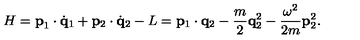
H = { \bf p } _ { 1 } \cdot \dot { \bf q } _ { 1 } + { \bf p } _ { 2 } \cdot \dot { \bf q } _ { 2 } - L = { \bf p } _ { 1 } \cdot { \bf q } _ { 2 } - { \frac { m } { 2 } } { \bf q } _ { 2 } ^ { 2 } - { \frac { \omega ^ { 2 } } { 2 m } } { \bf p } _ { 2 } ^ { 2 } .